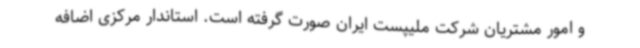
و امور مشتریان شرکت ملیپست ایران صورت گرفته است. استاندار مرکزی اضافه